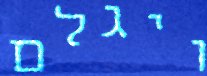
ויגלם